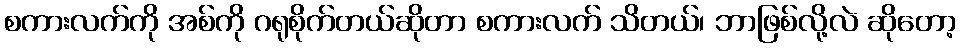
စကားလက်ကို အစ်ကို ဂရုစိုက်တယ်ဆိုတာ စကားလက် သိတယ်၊ ဘာဖြစ်လို့လဲ ဆိုတော့